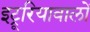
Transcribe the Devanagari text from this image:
इट्रूरियावालों